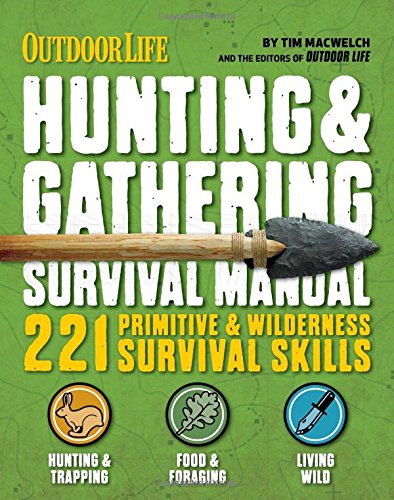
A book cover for The Hunting & Gathering Survival Manual: 221 Primitive & Wilderness Survival Skills; Tim MacWelch; Health, Fitness & Dieting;